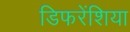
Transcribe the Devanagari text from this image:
डिफरेंशिया